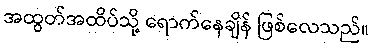
အထွတ်အထိပ်သို့ ရောက်နေချိန် ဖြစ်လေသည်။